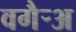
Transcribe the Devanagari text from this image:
वगैर्‍अ